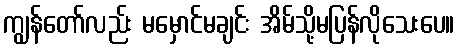
ကျွန်တော်လည်း မမှောင်မချင်း အိမ်သို့မပြန်လိုသေးပေ။